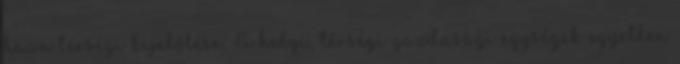
haza térségi kijelölése, A helyi, térségi gazdasági egységek egyetlen